Vaccination North-Western Provinces and Oudh 1878-1895 - 1878-1895
Year: 1878
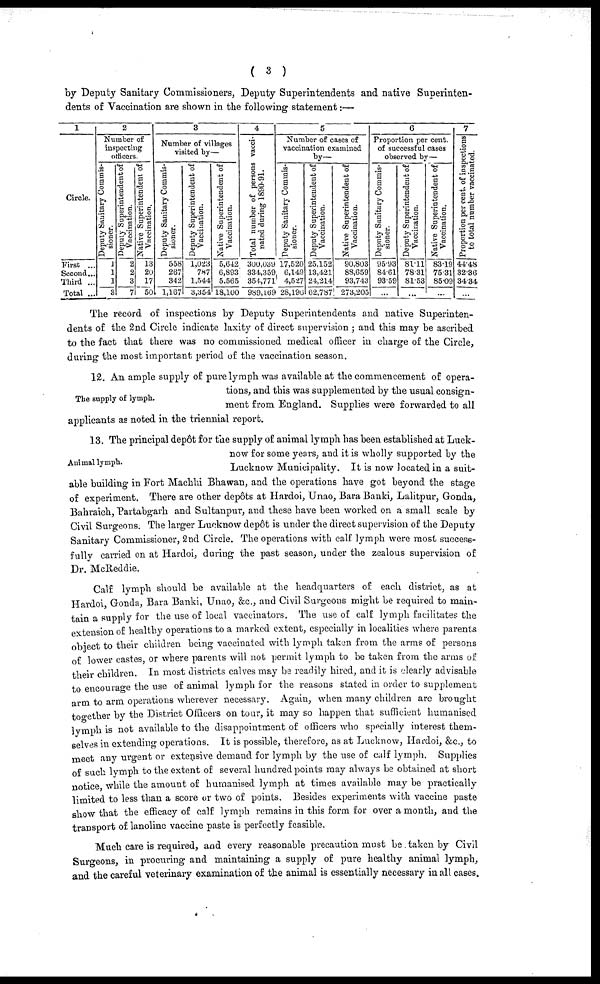
( 3 )
by Deputy Sanitary Commissioners, Deputy Superintendents and native Superinten-
dents of Vaccination are shown in the following statement:—
1
Circle.
First ...
Second ...
Third ...
Total ...
2
Number of
inspecting
officers.
Deputy Sanitary Commis-
sioner.
1
1
1
3
Deputy Superintendent of
Vaccination.
2
2
3
7
Native Superintendent of
Vaccination.
13
20
17
50
3
Number of villages
visited by—
Deputy Sanitary Commis-
sioner.
558
267
342
1,167
Deputy Superintendent of
Vaccination.
1,023
787
1,544
3,354
Native Superintendent of
Vaccination.
5,642
6,893
5,565
18,100
4
Total number of persons vacci-
nated during 1890-91.
300,039
334,359
354,771
989,169
5
Number of cases of
vaccination examined
by—
Deputy Sanitary Commis-
sioner.
17,520
6,149
4,527
28,196
Deputy Superintendent of
Vaccination.
25,152
13,421
24,214
62,787
Native Superintendent of
Vaccination.
90,803
88,659
93,743
273,205
6
Proportion per cent.
of successful cases
observed by—
Deputy Sanitary Commis-
sioner.
95.93
84.61
93.59
...
Deputy Superintendent of
Vaccination.
81.11
78.31
81.53
...
Native Superintendent of
Vaccination.
83.19
75.31
85.09
...
7
Proportion per cent. of inspections
to total number vaccinated.
44.48
32.36
34.34
...
The record of inspections by Deputy Superintendents and native Superinten-
dents of the 2nd Circle indicate laxity of direct supervision; and this may be ascribed
to the fact that there was no commissioned medical officer in charge of the Circle,
during the most important period of the vaccination season.
The supply of lymph.
12. An ample supply of pure lymph was available at the commencement of opera-
tions, and this was supplemented by the usual consign-
ment from England. Supplies were forwarded to all
applicants as noted in the triennial report.
Animal lymph.
13. The principal depôt for the supply of animal lymph has been established at Luck-
now for some years, and it is wholly supported by the
Lucknow Municipality. It is now located in a suit-
able building in Fort Machhi Bhawan, and the operations have got beyond the stage
of experiment. There are other depôts at Hardoi, Unao, Bara Banki, Lalitpur, Gonda,
Bahraich, Partabgarh and Sultanpur, and these have been worked on a small scale by
Civil Surgeons. The larger Lucknow depôt is under the direct supervision of the Deputy
Sanitary Commissioner, 2nd Circle. The operations with calf lymph were most success-
fully carried on at Hardoi, during the past season, under the zealous supervision of
Dr. McReddie.
Calf lymph should be available at the headquarters of each district, as at
Hardoi, Gonda, Bara Banki, Unao, &c., and Civil Surgeons might be required to main-
tain a supply for the use of local vaccinators. The use of calf lymph facilitates the
extension of healthy operations to a marked extent, especially in localities where parents
object to their children being vaccinated with lymph taken from the arms of persons
of lower castes, or where parents will not permit lymph to be taken from the arms of
their children. In most districts calves may be readily hired, and it is clearly advisable
to encourage the use of animal lymph for the reasons stated in order to supplement
arm to arm operations wherever necessary. Again, when many children are brought
together by the District Officers on tour, it may so happen that sufficient humanised
lymph is not available to the disappointment of officers who specially interest them-
selves in extending operations. It is possible, therefore, as at Lucknow, Hardoi, &c, to
meet any urgent or extensive demand for lymph by the use of calf lymph. Supplies
of such lymph to the extent of several hundred points may always be obtained at short
notice, while the amount of humanised lymph at times available may be practically
limited to less than a score or two of points. Besides experiments with vaccine paste
show that the efficacy of calf lymph remains in this form for over a month, and the
transport of lanoline vaccine paste is perfectly feasible.
Much care is required, and every reasonable precaution must be taken by Civil
Surgeons, in procuring and maintaining a supply of pure healthy animal lymph,
and the careful veterinary examination of the animal is essentially necessary in all cases.